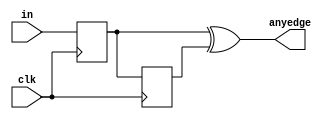
module top_module (
    input clk,
    input [7:0] in,
    output [7:0] anyedge
);
    reg [7:0]temp1,temp2;
    always @(posedge clk)	begin
        temp1<=in;
        temp2<=temp1;
    end
    assign anyedge = temp1 ^ temp2;
endmodule